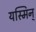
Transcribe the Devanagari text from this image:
यस्मिन्‌